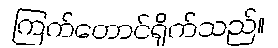
ကြက်တောင်ရိုက်သည်။